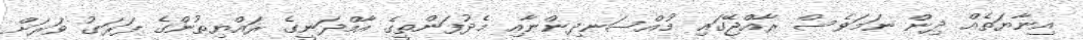
އިނާޔަތެއް ދިން ނަމަވެސް ރާއްޖޭގައި މުއްސަނދިންނާއި މެދުފަންތީގެ އާމްދަނީގެ ރައްޔިތުންގެ ފަރަގު ވަރަށް